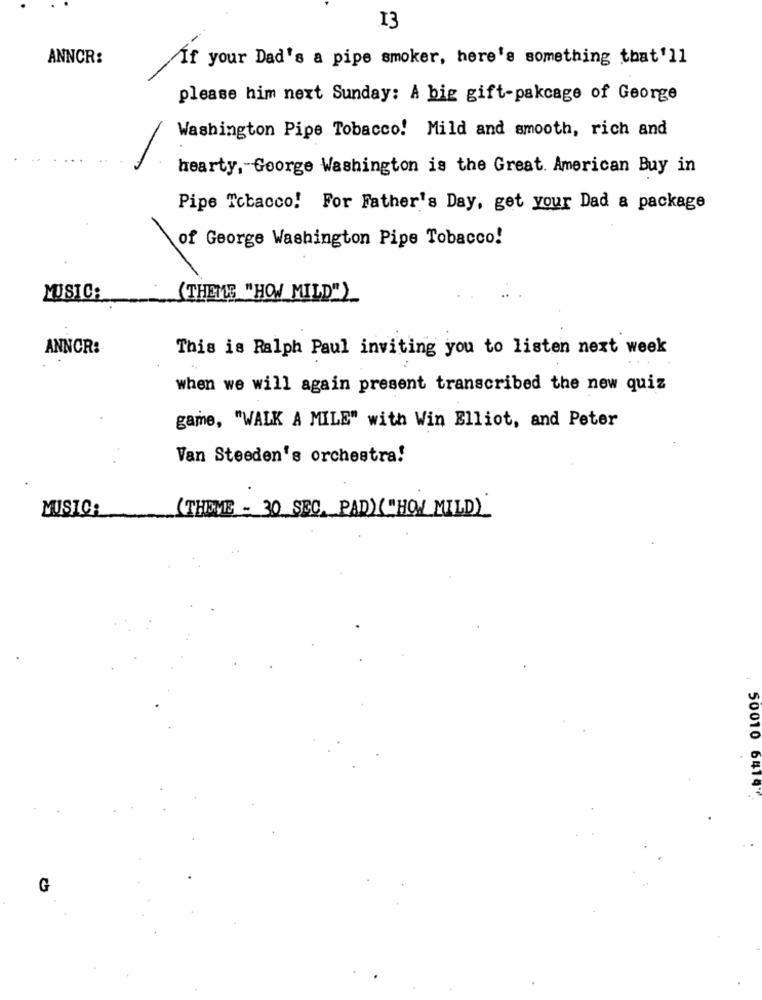
13
ANNCR:
If your Dad's a pipe smoker, here's something that'll
please him next Sunday: A big gift-pakcage of George
Washington Pipe Tobacco! Mild and smooth, rich and
hearty, - George Washington is the Great. American Buy in
Pipe Tobacco! For Father's Day, get your Dad a package
of George Washington Pipe Tobacco!
MUSIC:
(THEME "HOW MILD">
ANNCR:
This is Ralph Paul inviting you to listen next week
when we will again present transcribed the new quiz
game, "WALK A MILE" with Win Elliot, and Peter
Van Steeden's orchestra!
MUSIC:
(THEME - 30 SEC. PAD) ("HOW MILD)"
50010 6419
G